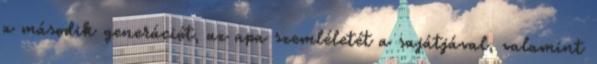
a második generációt, az apa szemléletét a sajátjával, valamint